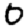
Digit: 0